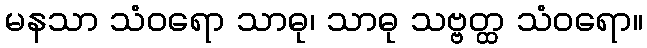
မနသာ သံဝရော သာဓု၊ သာဓု သဗ္ဗတ္ထ သံဝရော။